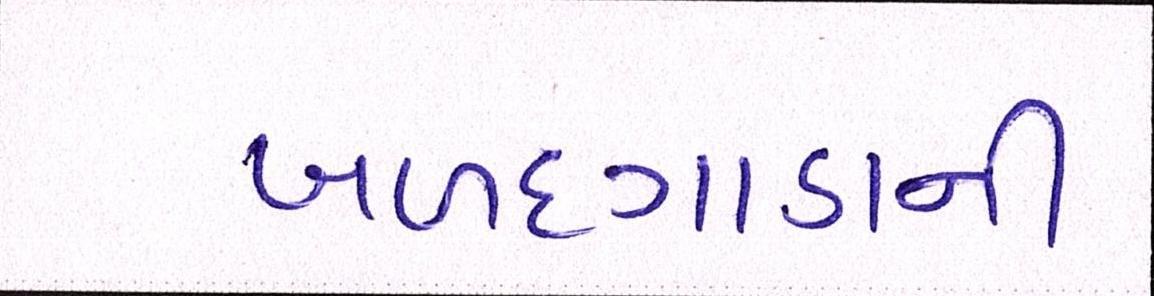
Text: બળદગાડાની